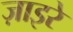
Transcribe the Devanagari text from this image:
ज़ाइरे